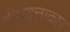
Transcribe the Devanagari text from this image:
दीर्धवृत्ताकार